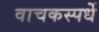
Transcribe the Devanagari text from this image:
वाचकस्पर्धे